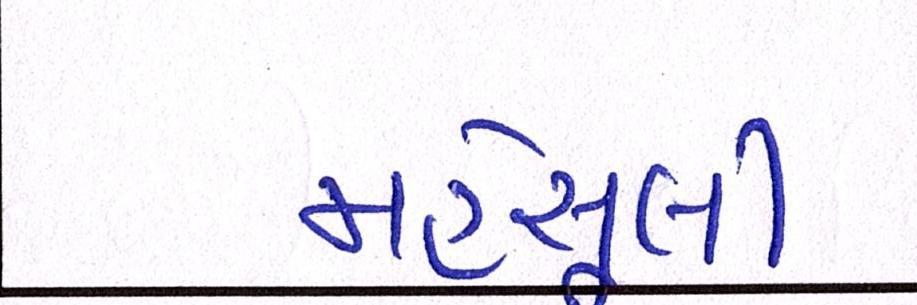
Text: મહેસૂલી